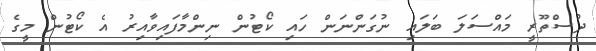
ދުސްތޫރީ މައްސަލަ ބަލައި ނުގަންނަން ހައި ކޯޓުން ނިންމާފައިވާއިރު އެ ކޯޓުން މީގެ